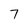
Character: 7